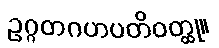
ဥဂ္ဂတဂဟပတိဝတ္ထု။